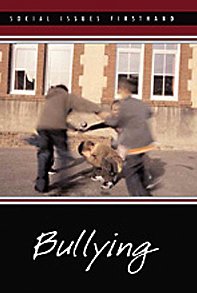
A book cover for Bullying (Social Issues Firsthand); Norah Piehl; Teen & Young Adult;